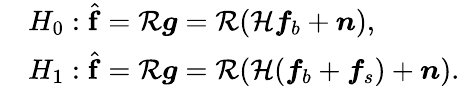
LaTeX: \begin{array}{rl}&{H_{0}:\hat{\boldsymbol{\mathrm{f}}}=\mathcal{R}\boldsymbol{g}=\mathcal{R}(\mathcal{H}\boldsymbol{f}_{b}+\boldsymbol{n}),}\\ &{H_{1}:\hat{\boldsymbol{\mathrm{f}}}=\mathcal{R}\boldsymbol{g}=\mathcal{R}(\mathcal{H}(\boldsymbol{f}_{b}+\boldsymbol{f}_{s})+\boldsymbol{n}).}\end{array}